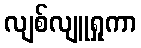
လျစ်လျူရှုကာ